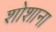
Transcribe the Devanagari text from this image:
शोशाना